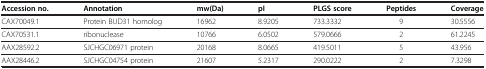
| Accession no. | Annotation | mw(Da) | pI | PLGS score | Peptides | Coverage |
 | --- | --- | --- | --- | --- | --- | --- |
 | CAX70049.1 | Protein BUD31 homolog | 16962 | 8.9205 | 733.3332 | 9 | 30.5556 |
 | CAX70531.1 | ribonuclease | 10766 | 6.0502 | 579.0666 | 2 | 61.2245 |
 | AAX28592.2 | SJCHGC06971 protein | 20168 | 8.0665 | 419.5011 | 5 | 43.956 |
 | AAX28446.2 | SJCHGC04754 protein | 21607 | 5.2317 | 290.0222 | 2 | 7.3298 |